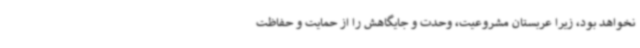
نخواهد بود، زیرا عربستان مشروعیت، وحدت و جایگاهش را از حمایت و حفاظت